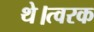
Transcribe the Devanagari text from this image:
थे।त्वरक